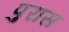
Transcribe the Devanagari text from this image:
पुरास